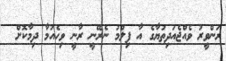
ރަންވީރު ވެއްޖެއަދިތުޔާގެ އާ ފިލްމު ނެރޭނީ ރާނީ ވިހެއުމާ ދިމާކޮށް